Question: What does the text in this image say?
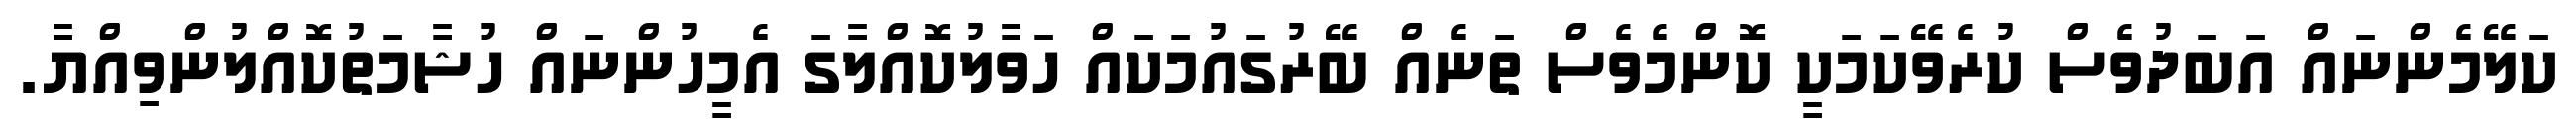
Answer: ކަލޭމެންނައް އަބަދުވެސް ކުރެވޭކަމަކީ ކޮންމެވެސް ތަނެއް ބޭރުގައުމަކައް ހަވާލުކޮއްލާގަ އެމީހުންނައް ހުޝާމަތުކޮއްލުންވިއްޔާ.